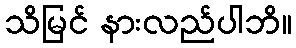
သိမြင် နားလည်ပါဘိ။